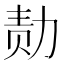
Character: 𪟝